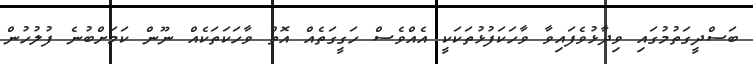
ބަސްދީގަތުމުގައި ވިދާޅުވެފައިވާ ވާހަކަފުޅުތަކަކީ އެއްވެސް ހަގީގަތެއް އޮތް ވާހަކަތަކެއް ނޫން ކަމަށްބުނެ ފުލުހުން